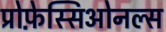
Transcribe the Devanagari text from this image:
प्रोफ़ेस्सिओनल्स